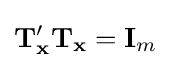
\mathbf {T} _{\mathbf {x} }'\mathbf {T_{x}} =\mathbf {I} _{m}